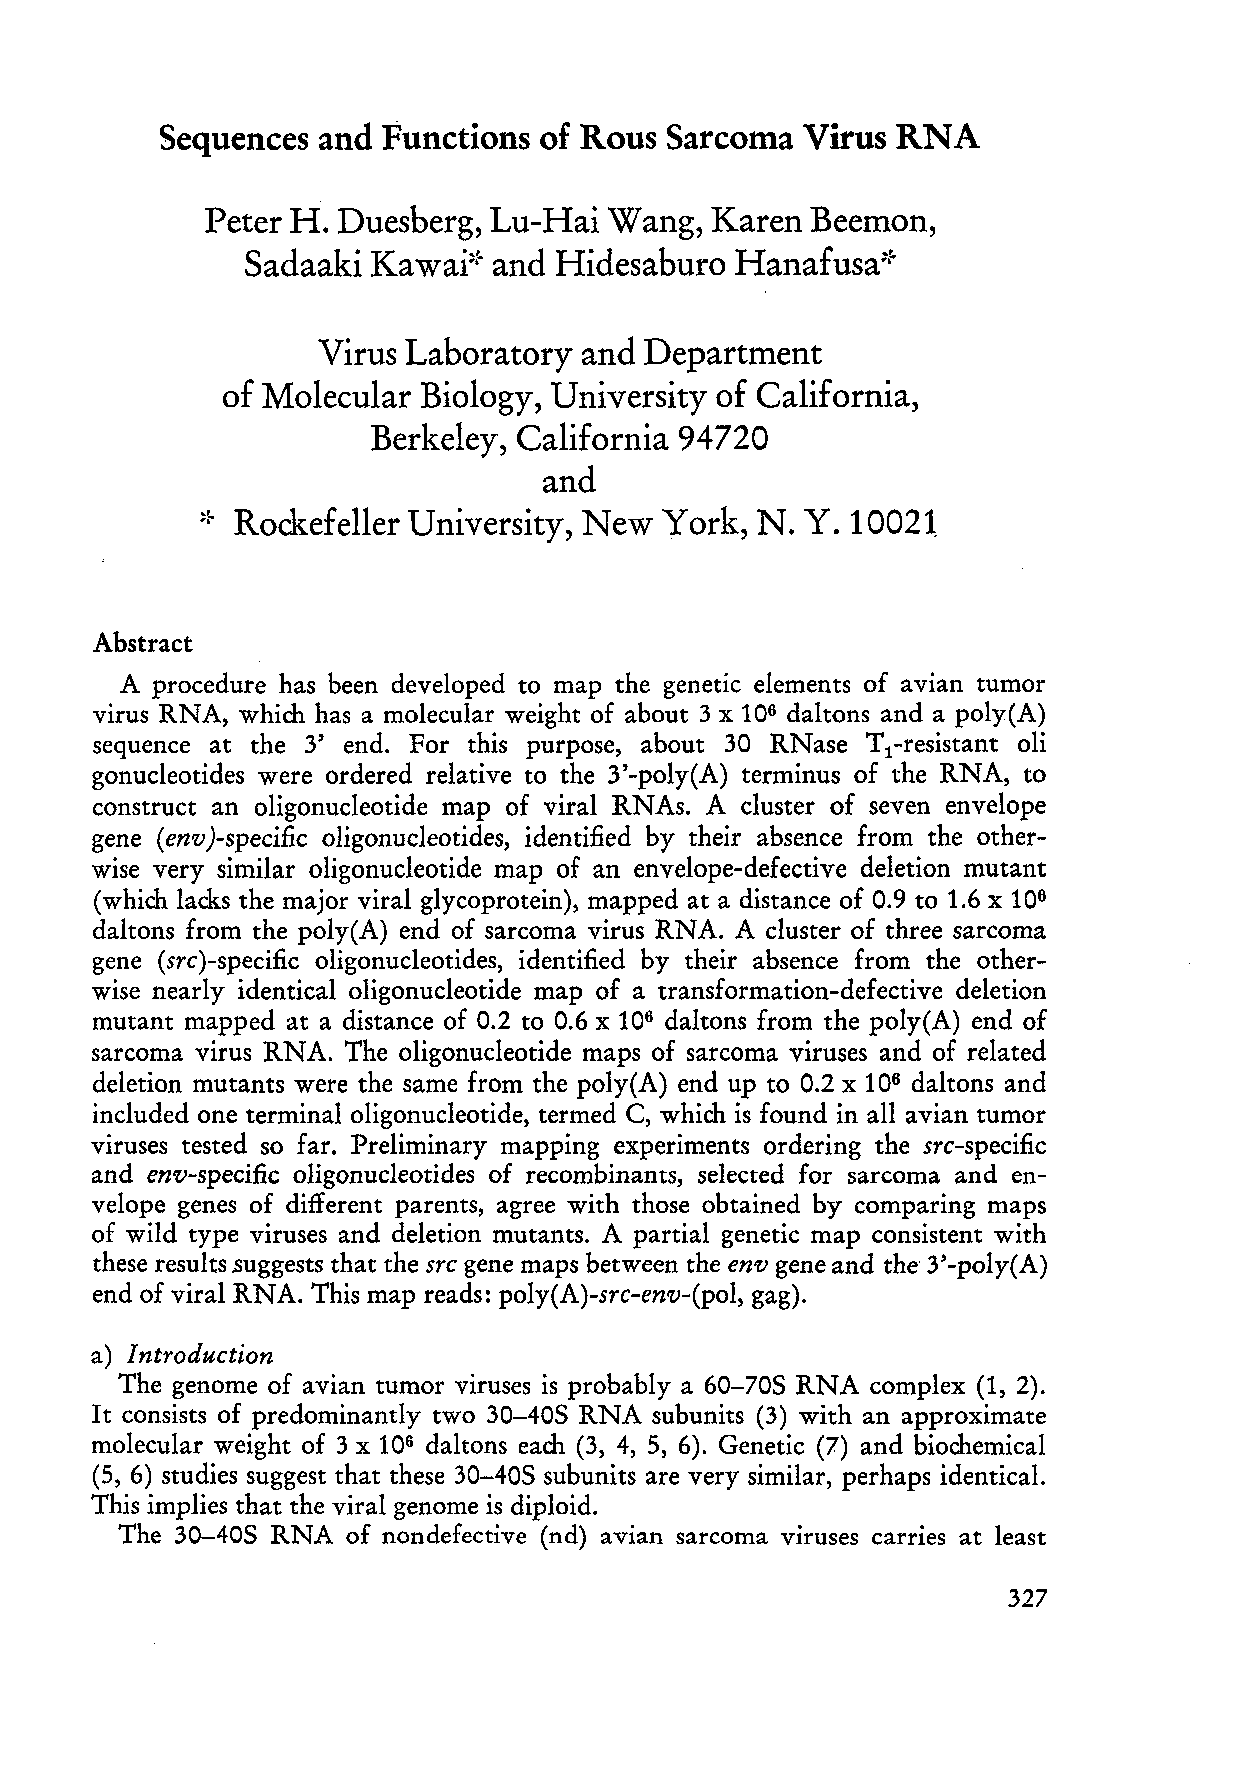
Sequences and Functions  of Rous Sarcoma  Virus RNA
 Peter H. Duesberg, Lu-Hai Wang,  Karen  Beemon,
 Sadaaki  Ka      and Hidesaburo  Hanafusa:t-
 wai~[-
 Virus Laboratory  and Department
 of Molecular Biology, University of California,
 Berkeley, California 94720
 and
 RockefeIler University, New York, N. Y. 10021
 ~!-
 Abstract
 A procedure has been developed to map the genetic elements of avian tumor
 virus RNA, which has a molecular weight of about 3 x 106 daltons and a poly(A)
 sequence at the 3' end. For this purpose, ab out 30 RNase T -resistant oli
 1
 gonucleotides were ordered relative to the 3'-poly(A) terminus of the RNA, to
 construct an oligonucleotide map of viral RNAs. A cluster of seven envelope
 gene (env )-specific oligonucleotides, identified by their absence from the other
 wise very similar oligonucleotide map of an envelope-defective deletion mutant
 (which lacks the major viral glycoprotein), mapped at a distance of 0.9 to 1.6 x 106
 daltons from the poly(A) end of sarcoma virus RNA. A cluster of three sarcoma
 gene (src)-specific oligonucleotides, identified by their absence from the other
 wise nearly identical oligonucleotide map of a transformation-defective deletion
 mutant mapped at a distance of 0.2 to 0.6 x 106 daltons from the poly(A) end of
 sarcoma virus RNA. The oligonucleotide maps of sarcoma virus es and of related
 deletion mutants were the same from the poly(A) end up to 0.2 X 106 daltons and
 included one terminal oligonucleotide, termed C, which is found in a11 avian tumor
 viruses tested so far. Preliminary mapping experiments ordering the src-specific
 and env-specific oligonucleotides of recombinants, selected for sarcoma and en
 velope genes of different parents, agree with those obtained by comparing maps
 of wild type viruses and deletion mutants. A partial genetic map consistent with
 these results .suggests that the src gene maps between the env gene and the 3'-poly(A)
 end of viral RNA. This map reads: poly(A)-src-env-(pol, gag).
 a) Introduction
 The genome of avian tumor viruses is probably a 60-70S RNA complex (1, 2).
 It consists of predominantly two 30-40S RNA subunits (3) with an approximate
 molecular weight of 3 x 106 daltons each (3, 4, 5, 6). Genetic (7) and biochemical
 (5, 6) studies suggest that these 30-40S subunits are very similar, perhaps identical.
 This implies that the viral genome is diploid.
 The 30-40S RNA of nondefective (nd) avian sarcoma viruses carries at least
 327